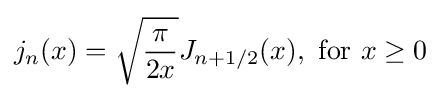
j_{n}(x)={\sqrt {\frac {\pi }{2x}}}J_{n+1/2}(x),{\text{ for }}x\geq 0